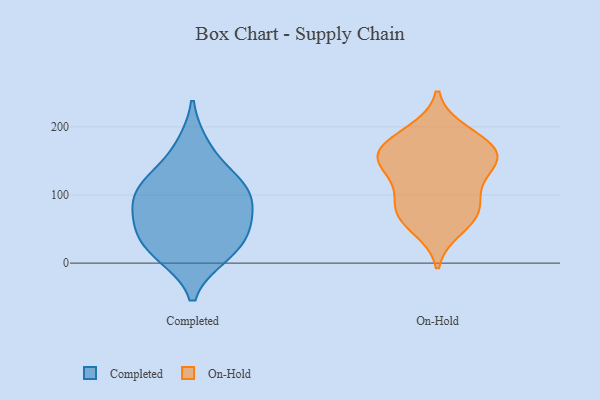
{"axis": {"x": "Inventory Turnover", "y": "Value"}, "legend": ["Completed", "On-Hold"], "data": [{"x": "", "y": 68, "type": "Completed"}, {"x": "", "y": 13, "type": "Completed"}, {"x": "", "y": 11, "type": "Completed"}, {"x": "", "y": 45, "type": "Completed"}, {"x": "", "y": 38, "type": "Completed"}, {"x": "", "y": 172, "type": "Completed"}, {"x": "", "y": 109, "type": "Completed"}, {"x": "", "y": 126, "type": "Completed"}, {"x": "", "y": 101, "type": "Completed"}, {"x": "", "y": 108, "type": "Completed"}, {"x": "", "y": 69, "type": "Completed"}, {"x": "", "y": 165, "type": "On-Hold"}, {"x": "", "y": 170, "type": "On-Hold"}, {"x": "", "y": 75, "type": "On-Hold"}, {"x": "", "y": 152, "type": "On-Hold"}, {"x": "", "y": 142, "type": "On-Hold"}, {"x": "", "y": 106, "type": "On-Hold"}, {"x": "", "y": 76, "type": "On-Hold"}, {"x": "", "y": 186, "type": "On-Hold"}, {"x": "", "y": 131, "type": "On-Hold"}, {"x": "", "y": 154, "type": "On-Hold"}, {"x": "", "y": 92, "type": "On-Hold"}, {"x": "", "y": 50, "type": "On-Hold"}, {"x": "", "y": 64, "type": "On-Hold"}, {"x": "", "y": 194, "type": "On-Hold"}, {"x": "", "y": 157, "type": "On-Hold"}]}